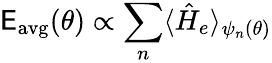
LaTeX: \mathsf{E}_{\mathrm{{avg}}}(\theta)\propto\sum_{n}\langle\hat{{H}}_{e}\rangle_{\psi_{n}(\theta)}